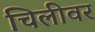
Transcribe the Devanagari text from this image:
चिलीवर